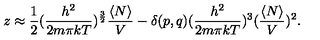
z \approx { \frac { 1 } { 2 } } ( { \frac { h ^ { 2 } } { 2 m \pi k T } } ) ^ { \frac { 3 } { 2 } } { \frac { \langle N \rangle } { V } } - \delta ( p , q ) ( { \frac { h ^ { 2 } } { 2 m \pi k T } } ) ^ { 3 } ( { \frac { \langle N \rangle } { V } } ) ^ { 2 } .